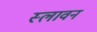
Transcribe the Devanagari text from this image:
स्लावन